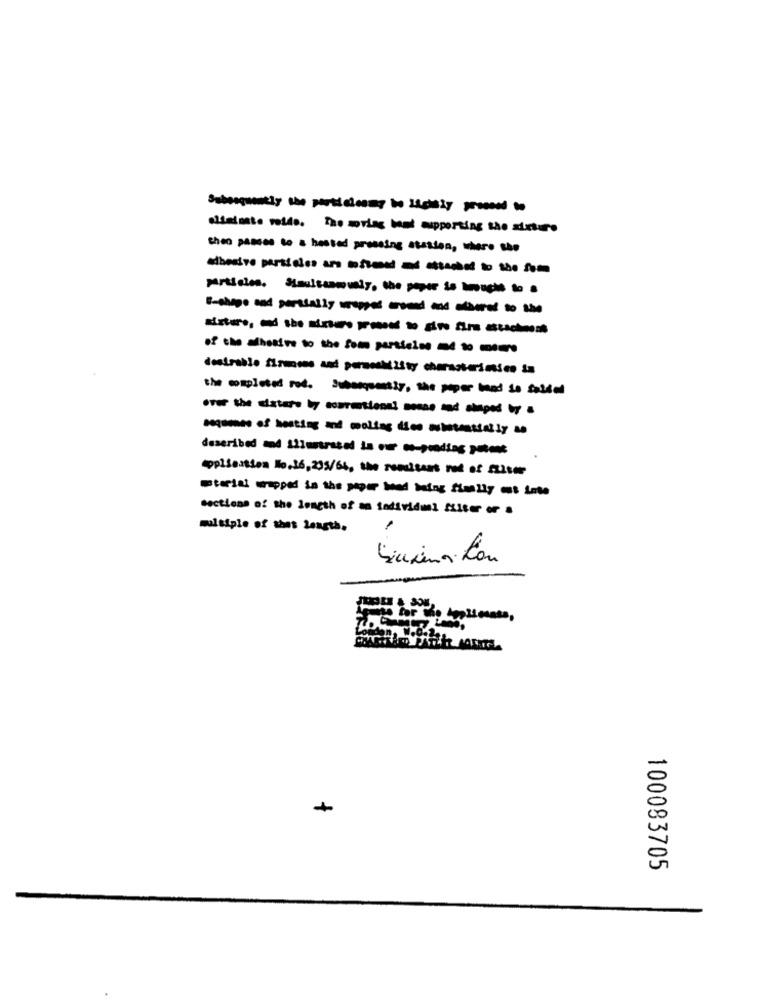
alseinste velde. The ories band supporting the adcture
theo passes to a hested pressing stasien, where she
desirable firmness and pormesMisty characterinsico in
the completed red. Subsequently, the paper band so Soldal
described and Liletrased in our ce-goodies patent
oppisession 10.16,205/64, the roadisest rol of Also
sections of the length of na todividmi alter or a
multiple of thet length.
+
100083705